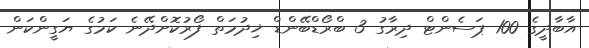
އާބާދީގެ 100 ޕަސެންޓް ދިރާގު 3 ބްރޯޑްބޭންޑް ޚިދުމަތް ފޯރުކޮށްދޭނެ ކަމުގެ ޔަގީންކަން